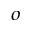
^ o